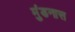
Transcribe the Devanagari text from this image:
मुंडनास